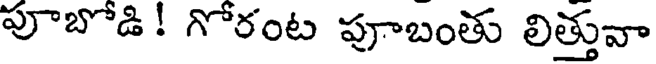
పూబోడి! గోరంట పూబంతు లిత్తువా